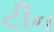
ટીન